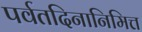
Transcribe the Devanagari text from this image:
पर्वतदिनानिमित्त